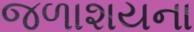
જળાશયના